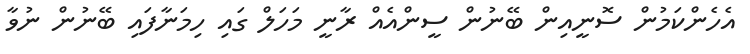
އެހެންކަމުން ސޮނީއިން ބޭނުން ސީންއެއް ރާނީ މަހަލް ގައި ހިމަނާފައި ބޭނުން ނުވާ